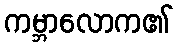
ကမ္ဘာလောက၏